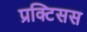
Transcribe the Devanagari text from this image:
प्रक्टिसस